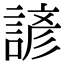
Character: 諺